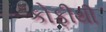
કોફીથી